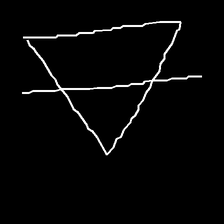
Glyph: empower